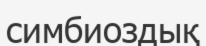
симбиоздық